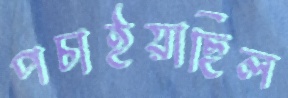
পচাইয়াছিল